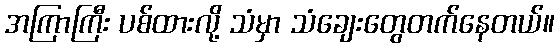
အကြာကြီး ပစ်ထားလို့ သံမှာ သံချေးတွေတက်နေတယ်။